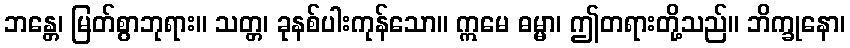
ဘန္တေ၊ မြတ်စွာဘုရား။ သတ္တ၊ ခုနစ်ပါးကုန်သော။ ဣမေ ဓမ္မာ၊ ဤတရားတို့သည်။ ဘိက္ခုနော၊